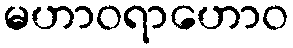
မဟာဝရာဟောဝ